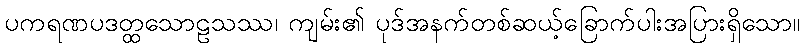
ပကရဏပဒတ္ထသောဠသဿ၊ ကျမ်း၏ ပုဒ်အနက်တစ်ဆယ့်ခြောက်ပါးအပြားရှိသော။